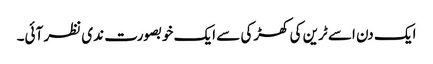
ایک دن اسے ٹرین کی کھڑکی سے ایک خوبصورت ندی نظر آئی۔